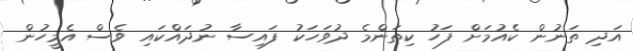
އަދި ތަނުން ކެއުމަށް ފަހު ކިތަންމެ ދުވަހަކު ފައިސާ ނުދައްކައި ވެސް އެމީހުން